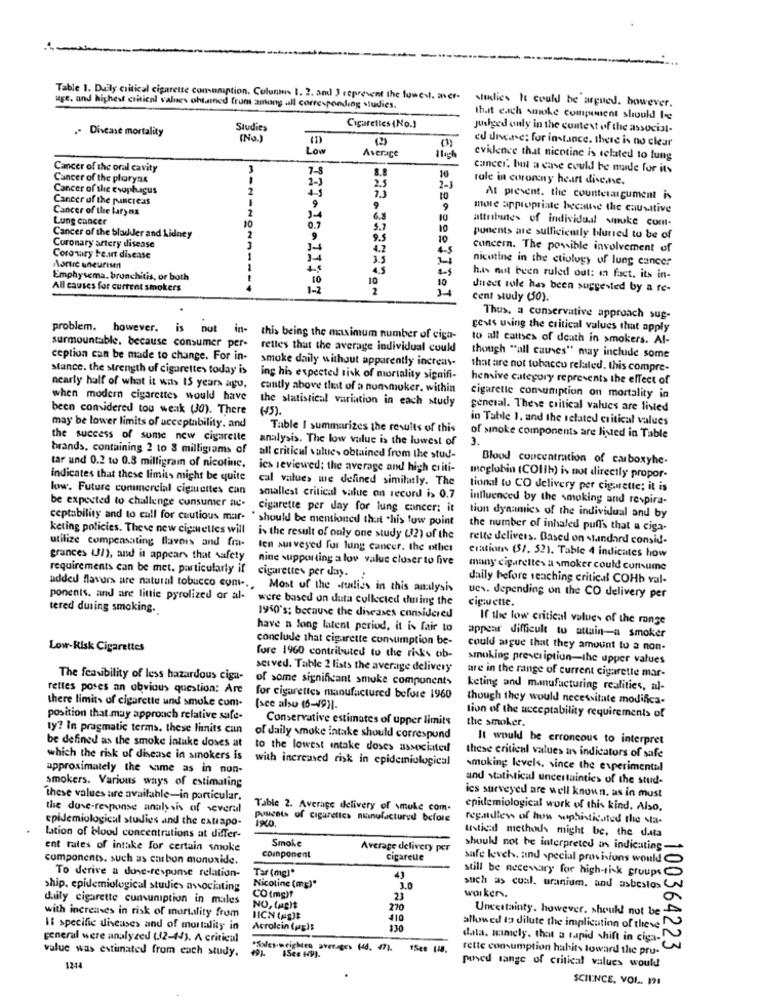
Table 1. Duily critical cigarette comuniption. Colunm 1. 2. and J ceprevent the lunes. aver-
studies ht could be argued. however.
uge. and highest critical valnes obtained from among all corresponding studies.
that each smoke component should be
.- Disease mortality
Studies
Cigarettes (No.)
Judged only in the context of the associal-
(No.)
(2)
ed disease: for instance. there is no clear
Low
Average
evidence that nicotine is related to lung
Cancer of the oral cavity
7-8
8.8
cancer. but a case could be made for its
Cancer of the ploryns
2-3
10
role in coromy heart divenne.
Cancer of the esophagus
2.5
2-1
Cancer of the puncreas
At present. the counterargument is
Cancer of the tary na
9
9
9
more appropriate because the causative
Lung cancer
3-4
6.8
attributes of individual wauke com-
0.7
5.7
10
Cancer of the bladder and Kidney
9
9.5
10
ponents are sullicicmily blurred to be of
Coronary artery disease
34
4.2
45
cuncern. The posible involvement of
Coro tury be.ut disease
3.5
nicotine in the etiology of lung cancer
Aottre uneurisen
4.5
Emphysema. bronchitis, or both
10
10
has not been ruled out: in fact. its in-
All causes for current smokers
1-2
2
Jneet tole has been suggested by a fe-
cent study (50).
Thus, a conservative approach sug-
problem. however.
is
put
in-
cents using the critical values that apply
surmountable, because consumer per-
this being the maximum number of ciga-
to all cattses of death in smokers. Al-
rettes that the average individual could
ception can be made to change. For in-
smoke daily without apparently increas-
though "all causes" may include some
stance. the strength of cigarettes today is
that are not tobacco related. this compre-
ing his expected tisk of mortality signifi-
hensive category represents the effect of
nearly half of what it was 15 years ago,
cantly above theit of a nonsmoker. within
when modern cigarettes would have
the statistical variation in each study
cigarette consumption on mortality in
been considered too weak (30). There
( 45) .
general. These critical values are listed
in Table 1. and the related critical values
may be lower limits of acceptability, and
Table I summarizes the results of this
the success of some new cigarette
analysis. The low value is the lowest of
of sinoke components are listed in Table
3.
brands, containing 2 to 8 milligrams of
all critical value> obtained from the stud-
Blood concentration of carboxyhe-
tar und 0.2 to 0.8 milligram of nicotine,
ics reviewed; the average and high criti-
indicates that these limits might be quite
cal value> we defined similarly. The
moglobin (COIlh) is not directly propor-
loww. Future commercial cigsettes can
tional to CO delivery per cigarette; it is
smallest critical value on record is 0.7
influenced by the smoking and respira-
be expected to challenge consumer ac- cigarette per day for lung cancer: it
ceptability and to call for cautious mar- " should be mentioned that "his tow point
tion dynamics of the individual and by
keting policies. These new cigmelles will
the number of inhaled puffs that a ciga-
utilize compensating flavors and fra-
is the result of only one study (32) of the
rette delivers. Based on standard consid-
ten surveyed fus lung cancer. the otliet
grances UI), and it appears that safety
nine supporting a low value closer to five
citations (57. 52). Table 4 indicates how
many cigarettes a smoker could consume
requirements can be met. particularly if cigarettes per day. :
daily before reaching critical COHb val-
added flavors are natural tobucco cont .. Most of the flies in this analysis
ponents, and are little pyrolized or al-
were based on duta collected during the
ues. depending on the CO delivery per
ciguette.
tered during smoking.
1950's; because the diseases considered
If the low critical values of the range
have a long latent period, it is fair to
conclude that cigarette consumption be-
appear difficult to attain-a smoker
Low-Risk Cigarettes
could argue that they amount to a non-
fore 1960 contributed to the risks ob-
smoking prescription-the upper values
served. Table 2 lists the average delivery
are in the range of current cigarette mar-
The feasibility of less hazardous cigu-
of some significant smoke component>
rettes poses an obvious question: Are
keting and manufacturing realities, al-
there limits of cigarette und smoke com-
for cigarettes manufactured before 1960
though they would necessitate modifica-
(sce also (6-49)1-
position that may approach relative safe-
Conservative estimates of upper limits
the smoker.
tion of the acceptability requirements of
ty? In pragmatic terms. these limits can
of daily smoke intake should correspund
It would be erroncous to interpret
be defined as the smoke intake doses at
to the lowest intake doses associated
which the risk of disease in smokers is
with increased risk in epidemiological
these critical values an indicators of safe
approximately the same as in non-
smoking levels, since the experimental
and statistical uncertainties of the stud-
smokers. Various ways of estimating
these values are available-in particular.
ics surveyed are well known. as in must
the duve-response analysis of several
Table 2. Average delivery of smoke com-
epidemiological work of this kind. Also,
epidemiological studies and the catrapo-
pussets of cigarettes manufactured before
regardless of how sophisticated the sta-
testicdd methods might be, the data
lation of blood concentrations at differ-
Smoke
ent rates of intake for certain smoke
Average delivery per
should not be interpreted in indicating
components. such as carbon monoxide.
coinponent
cigarette
safe levels, and special provisions would
Tar (mg)*
still be necessary for high-tisk groups
To derive a done-respune relation-
43
ship, epidemiological studies associating
CO (mg)f
Nicoline (mg)*
3.0
such as cual. uranium. and asbestos
daily cigarette cununiption in males
23
workers.
NO, (ap)$
270
with increases in risk of mortality from
IICN tagIt
410
Uncertainty. however, should not be-
Il specific diseases and of mortality in
Acrolcin (ag)$
330
allowed to dilute the implication of these
general were analyzed (12-44). A critical
data. mamely. that a tapid shift in ciga-
value was estimated from each study.
"SalesBrighten sveriges fod. 17. "See 1.
491
rette consumption habits toward the pru-
100364223
1244
pinved lange of critical values would
SCIENCE, VOL. 191